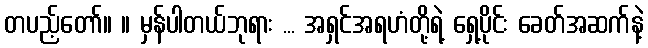
တပည့်တော်။ ။ မှန်ပါတယ်ဘုရား ... အရှင်အရဟံတို့ရဲ့ ရှေ့ပိုင်း ခေတ်အဆက်နဲ့